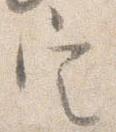
定